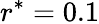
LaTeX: r^{*}=0.1